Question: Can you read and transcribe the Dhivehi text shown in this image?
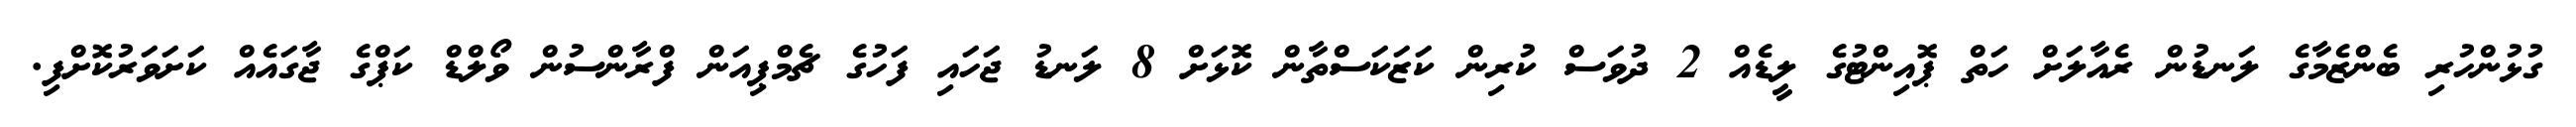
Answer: ގުޅުންހުރި ބެންޒެމާގެ ލަނޑުން ރެއާލަށް ހަތް ޕޮއިންޓުގެ ލީޑެއް 2 ދުވަސް ކުރިން ކަޒަކަސްތާން ކޮޅަށް 8 ލަނޑު ޖަހައި ފަހުގެ ޗެމްޕިއަން ފްރާންސުން ވޯލްޑް ކަޕްގެ ޖާގައެއް ކަށަވަރުކޮށްފި.